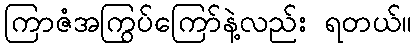
ကြာဇံအကြွပ်ကြော်နဲ့လည်း ရတယ်။